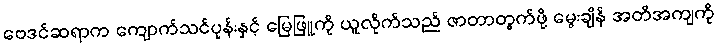
ဗေဒင်ဆရာက ကျောက်သင်ပုန်းနှင့် မြေဖြူကို ယူလိုက်သည် ဇာတာတွက်ဖို့ မွေးချိန် အတိအကျကို